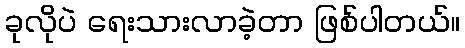
ခုလိုပဲ ရေးသားလာခဲ့တာ ဖြစ်ပါတယ်။